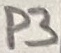
Text: P3